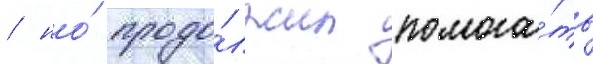
/ но́ продо́лжил помога́ть